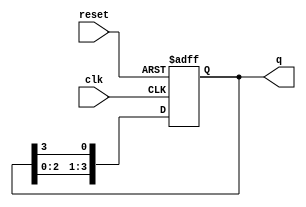
module binary_ring_counter (
    input wire clk,         // Clock input
    input wire reset,       // Reset input
    output reg [n-1:0] q    // Output state (n-bit wide)
);
    parameter n = 4;        // Number of bits (states) in the ring counter

    always @(posedge clk or posedge reset) begin
        if (reset) begin
            q <= 1'b1;      // Initialize to the first state (0001 for n=4)
        end else begin
            q <= {q[n-2:0], q[n-1]}; // Shift left and wrap around
        end
    end
endmodule